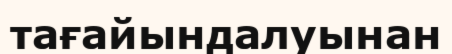
тағайындалуынан